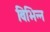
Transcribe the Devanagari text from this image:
विभिन्न